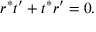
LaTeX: r ^ { * } t ^ { \prime } + t ^ { * } r ^ { \prime } = 0 .